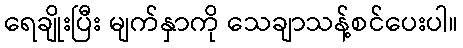
ရေချိုးပြီး မျက်နှာကို သေချာသန့်စင်ပေးပါ။